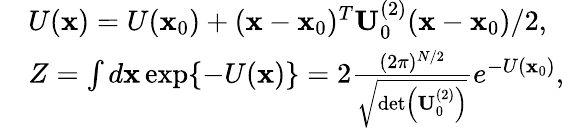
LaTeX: \begin{array}{rl}&{U(\mathbf{x})=U(\mathbf{x}_{0})+(\mathbf{x}-\mathbf{x}_{0})^{T}\mathbf{U}_{0}^{(2)}(\mathbf{x}-\mathbf{x}_{0})/2,}\\ &{Z=\int d\mathbf{x}\exp\{ -U(\mathbf{x})\} =2\frac{(2\pi)^{N/2}}{\sqrt{\operatorname*{det}\left(\mathbf{U}_{0}^{(2)}\right)}}e^{-U(\mathbf{x}_{0})},}\end{array}